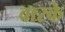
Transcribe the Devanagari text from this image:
वारके